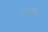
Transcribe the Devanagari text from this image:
आग्रहापोटी